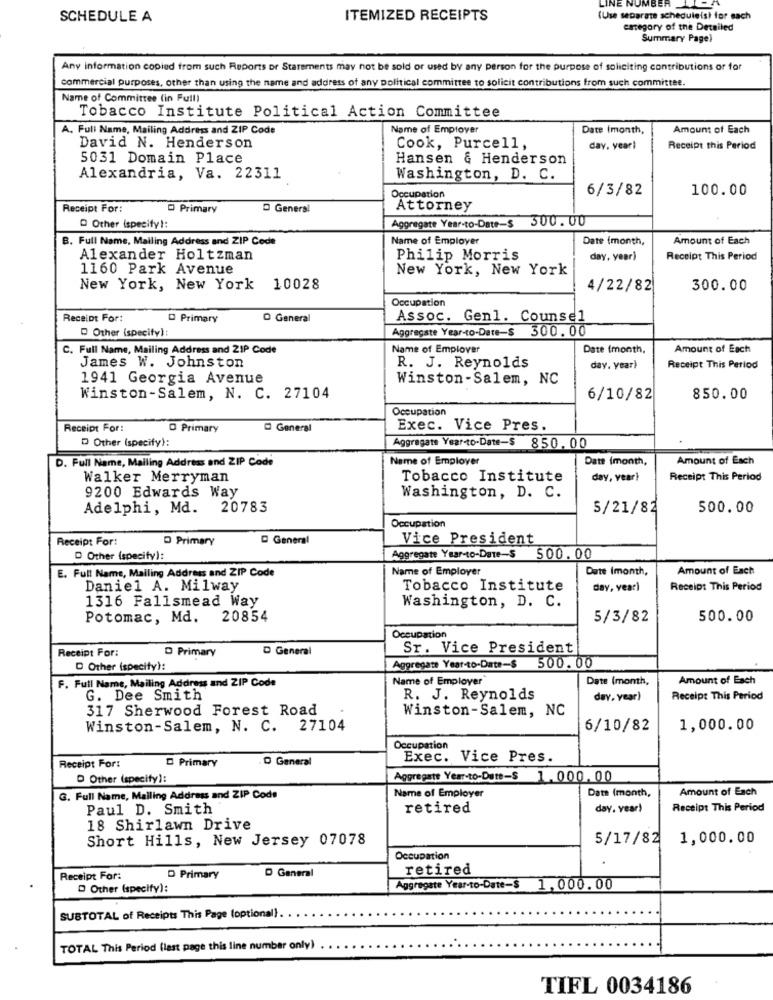
LINE NUMBER _
SCHEDULE A
ITEMIZED RECEIPTS
(Use separate scheduleis) for sach
category of the Detailed
Summary Pagel
Any information copied from such Reports or Statements may not be sold or used by any person for the purpose of soliciting contributions or for
commercial purposes, other than using the name and address of any political committee to solicit contributions from such committee.
Name of Committee (in Full)
Tobacco Institute Political Action Committee
A. Full Name, Mailing Address and ZIP Code
Name of Employer
Date Imonth,
Amount of Each
David N. Henderson
Cook, Purcell,
day, year)
Receipt this Period
5031 Domain Place
Hansen & Henderson
Alexandria, Va. 22311
Washington, D. C.
Occupation
6/3/82
100.00
Receipt For:
Primary
D General
Attorney
Aggregate Year-to-Date-$ 300.00
Other ispecify !:
B. Full Name, Mailing Address and ZIP Code
Name of Employer
Date (month,
Amount of Each
Alexander Holtzman
Philip Morris
day, year)
Receipt This Period
1160 Park Avenue
New York, New York
New York, New York 10028
4/22/82
300.00
Occupation
Receipt For:
Primary
D General
Assoc. Genl. Counsel
Other (specify):
Aggregate Year-to-Date-$ 300.00
C. Full Name, Mailing Address and ZIP Code
Name of Employer
Date (month,
Amount of Each
James W. Johnston
R. J. Reynolds
day. year)
Receipt This Period
1941 Georgia Avenue
Winston-Salem, NC
Winston-Salem, N. C. 27104
6/10/82
850.00
Occupation
Receipt For:
D Primary
D General
Exec. Vice Pres.
Other (specify):
Aggregate Year-to-Date-$ 850. 00
D. Full Name, Mailing Address and ZIP Code
Name of Employer
Date (month,
Amount of Each
Walker Merryman
Tobacco Institute
day, vear}
Receipt This Period
9200 Edwards Way
Washington, D. C.
Adelphi, Ma.
20783
5/21/82
500.00
Occupation
Receipt For:
D Primary
General
Vice President
D Other (specify):
Aggregate Year-to-Date-$ 500. 00
E. Full Name, Mailing Address and ZIP Code
Name of Employer
Date Imonth,
Amount of Each
Daniel A. Milway
Tobacco Institute
day, year)
Receipt This Period
1316 Fallsmead Way
Washington, D. C.
Potomac, Md.
20854
5/3/82
500.00
Occupation
Receipt For:
D Primary
D General
Sr. Vice President
D Other (specify):
Aggregate Year-to-Date-$
500.00
F. Full Name, Mailing Address and ZIP Code
Name of Employer
Date (month,
Amount of Each
G. Dee Smith
R. J. Reynolds
day, year)
Receipt This Period
317 Sherwood Forest Road
Winston-Salem, NC
Winston-Salem, N. C. 27104
6/10/82
1,000.00
Occupation
D Primary
D General
Exec. Vice Pres.
Receipt For:
D Other (specify):
Aggregate Year-to-Date-$ 1.000. 00
Date (month,
Amount of Each
G. Full Name, Mailing Address and ZIP Code
Name of Employer
Paul D. Smith
retired
day. year)
Receipt This Period
18 Shirlawn Drive
Short Hills, New Jersey 07078
5/17/82
1,000.00
Occupation
retired
Receipt For:
D Primary
D General
D Other (specify):
Aggregate Year-to-Date-$ 1,000.00
SUBTOTAL of Receipts This Page (optional).
TOTAL This Period (last page this line number only)
TIFL 0034186